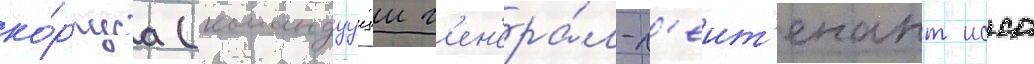
ко́рпуса (командуущии г'ен'ера́л-л'еит'енант исса